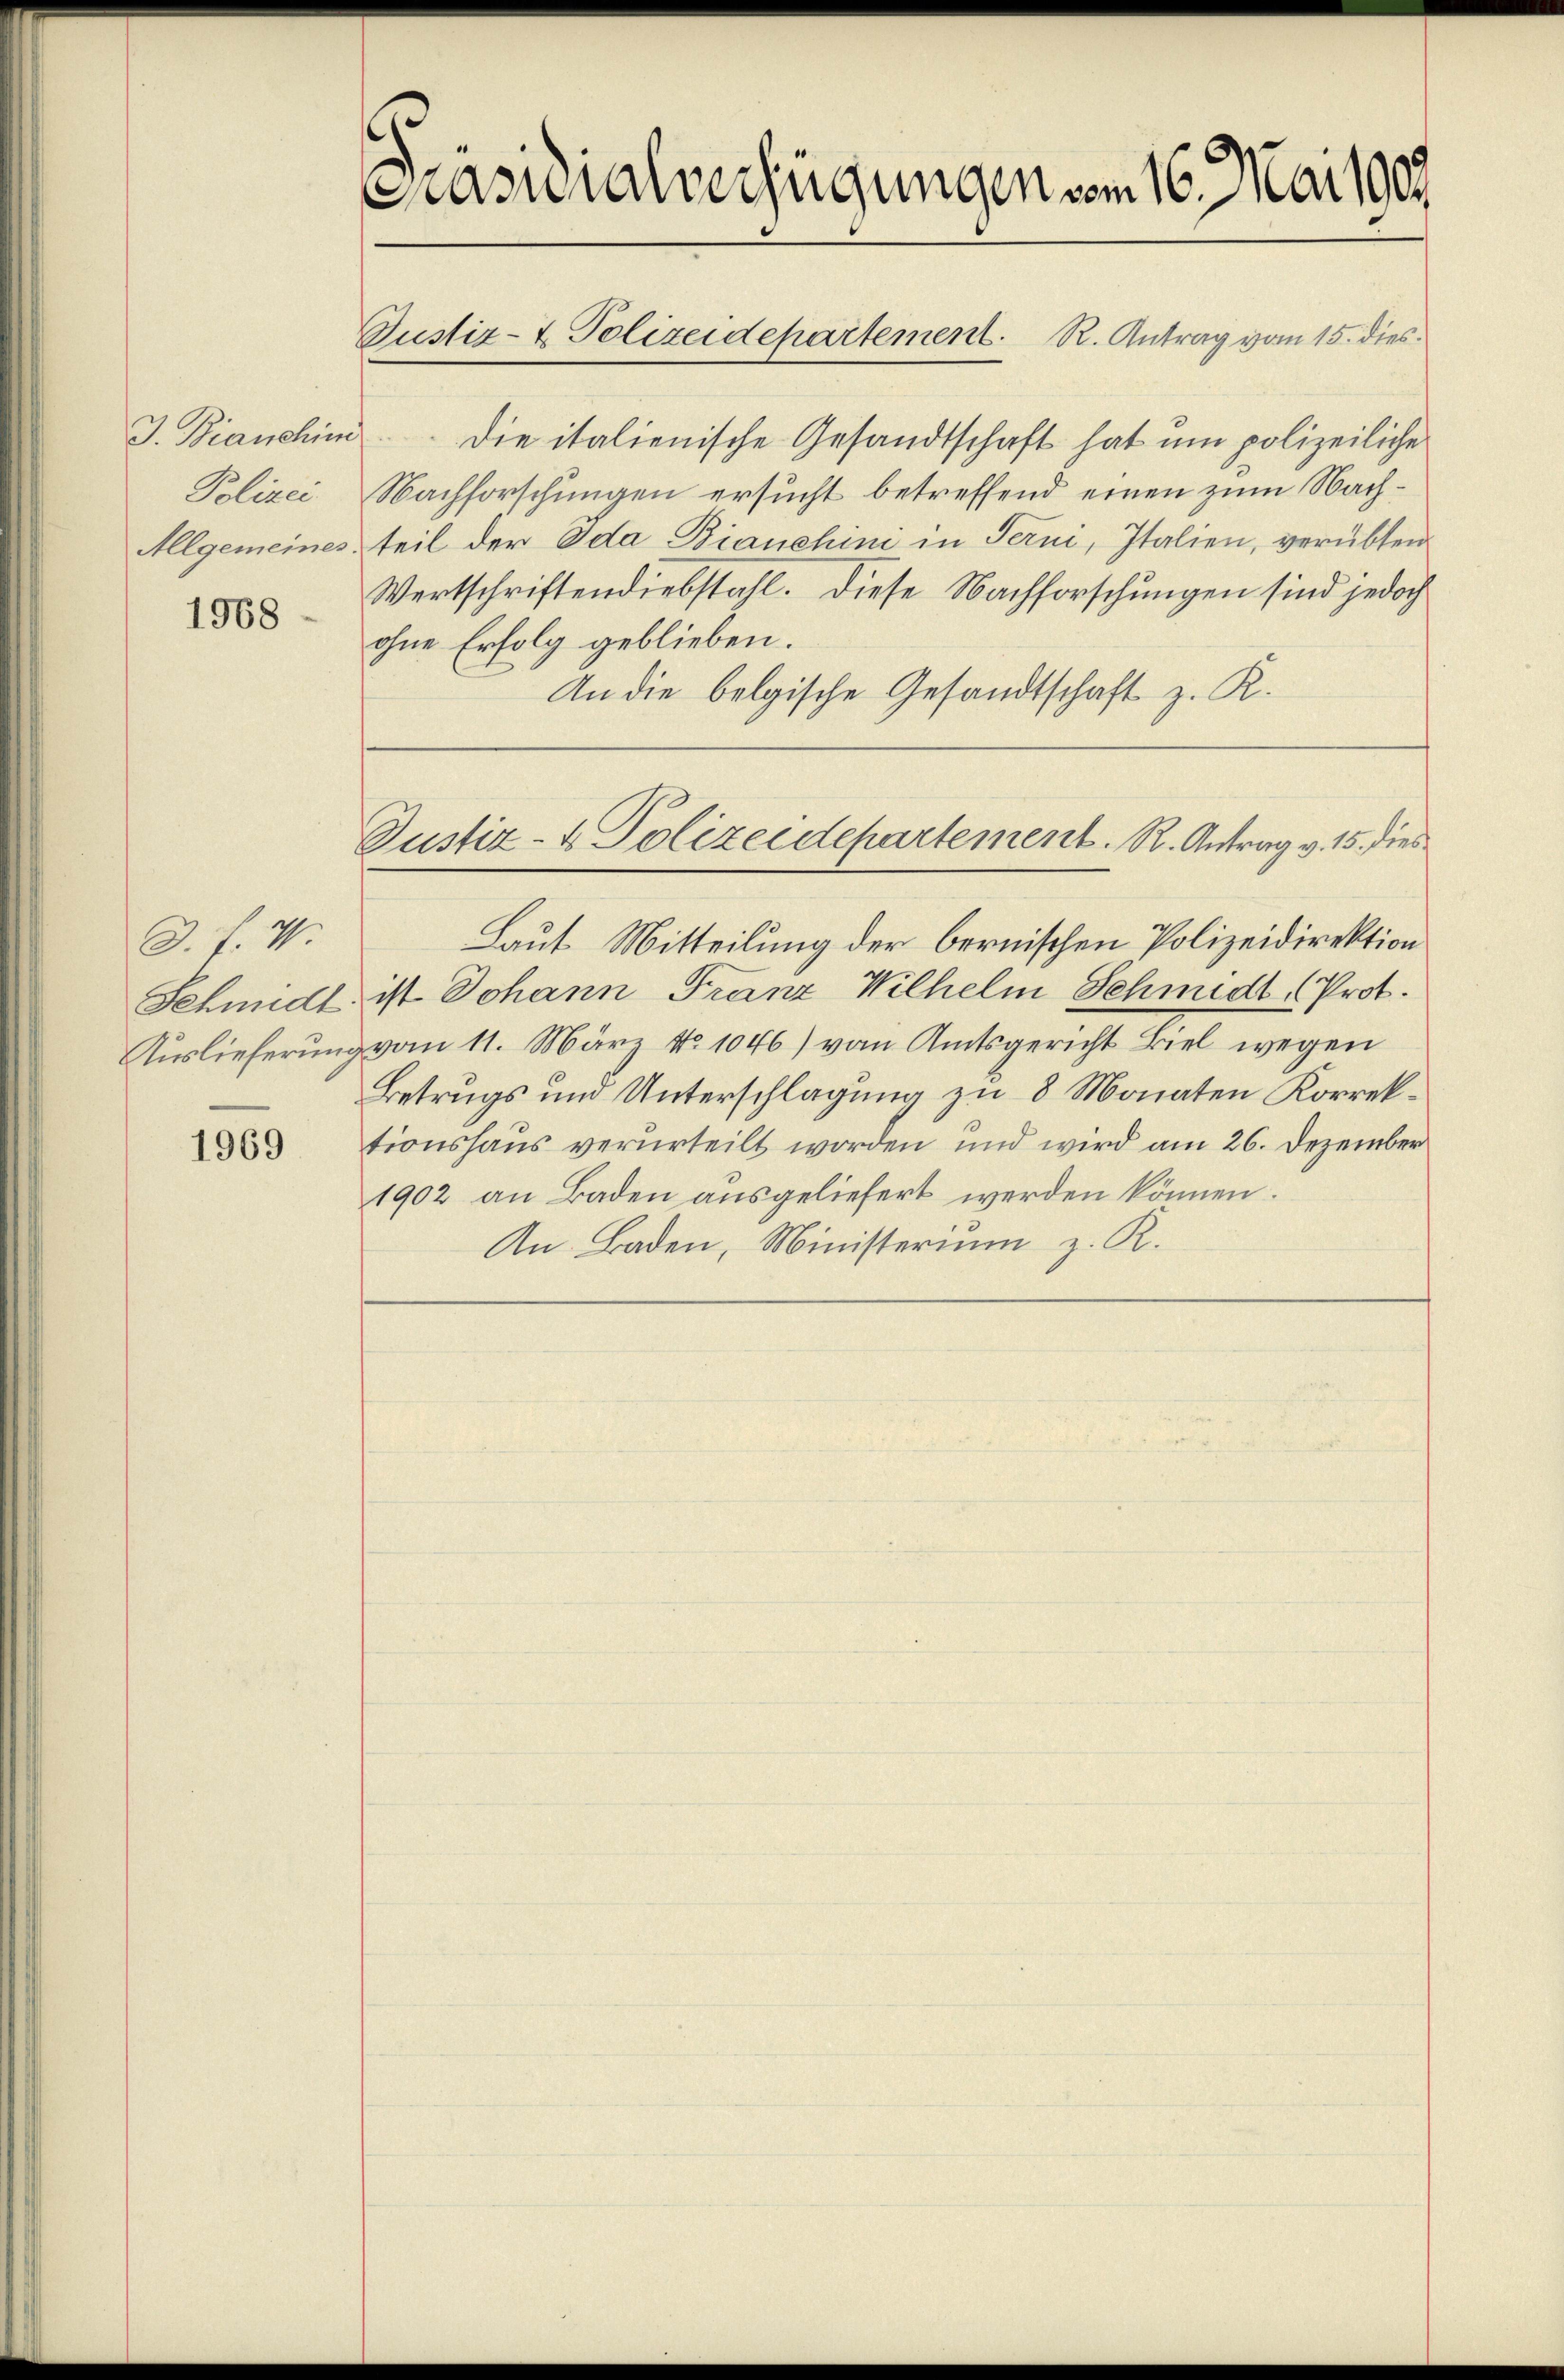
J. Bianchim
Polizei
Allgemeines.

1968

D. f. V.
Schmidt
Auslieferung

1969

Pasuialverfügungen vom 16. Mai 1909.

Justiz- & Polizeidepartement. R. Antrag vom 15. dies

.

C

ohne Erfolg geblieben.

Die italienische Gesandtschaft hat um polizeiliche
Nachforschungen ersucht betreffend einen zum Nachteil der Ida Bianchini in Ferni, Italien, verübten
Wertschriftendiebstahl. Diese Nachforschungen sind jedoch
An die belgische Gesandtschaft z. R.
Justiz- & Polizeidepartement. R. Antrag v. 15. dies
Laut Mitteilung der bernischen Polizeidirektion
ist Johann Franz Wilhelm Schmidt, Prot.
vom 11. März No 1046) vom Amtsgericht Biel wegen
Betrugs und Unterschlagung zu 8 Monaten Korrektionshaus verurteilt worden und wird am 26. Dezember
1902 an Baden ausgeliefert werden können.
An Baden, Ministerium z. R.